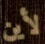
لأين